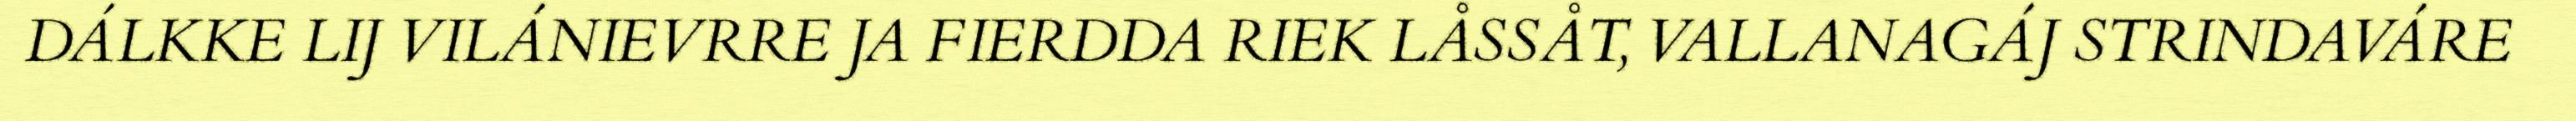
DÁLKKE LIJ VILÁNIEVRRE JA FIERDDA RIEK LÅSSÅT, VALLANAGÁJ STRINDAVÁRE